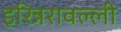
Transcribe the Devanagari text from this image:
इरिन्नरावल्ली